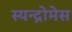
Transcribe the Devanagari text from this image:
स्यन्द्रोमेस